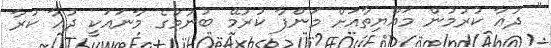
" ދުޢާ ކުރުމުން މައްޔިތާއަށް މަންފާ ކުރުމޭ ބުނުމުގެ މާނައަކީ ދުޢާ ކުރާ